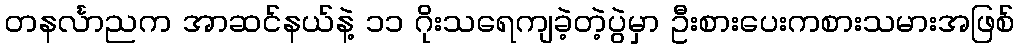
တနင်္လာညက အာဆင်နယ်နဲ့ ၁၁ ဂိုးသရေကျခဲ့တဲ့ပွဲမှာ ဦးစားပေးကစားသမားအဖြစ်